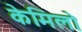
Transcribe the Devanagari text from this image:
केमिलो